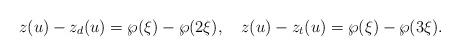
LaTeX: \begin{align*}z(u)-z_d(u)=\wp(\xi)-\wp(2\xi),\quad z(u)-z_t(u)=\wp(\xi)-\wp(3\xi). \end{align*}